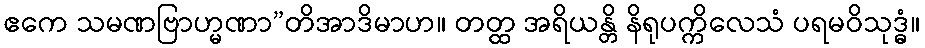
ဧကေ သမဏဗြာဟ္မဏာ”တိအာဒိမာဟ။ တတ္ထ အရိယန္တိ နိရုပက္ကိလေသံ ပရမဝိသုဒ္ဓံ။